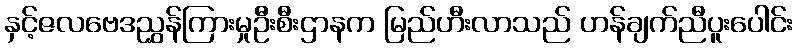
နှင့်ဇလဗေဒညွှန်ကြားမှုဦးစီးဌာနက မြည်ဟီးလာသည် ဟန်ချက်ညီပူးပေါင်း